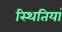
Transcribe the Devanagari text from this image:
स्‍थितियां